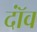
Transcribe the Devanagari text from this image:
दॉंव